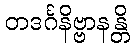
တဒင်္ဂနိဗ္ဗာနန္တိ